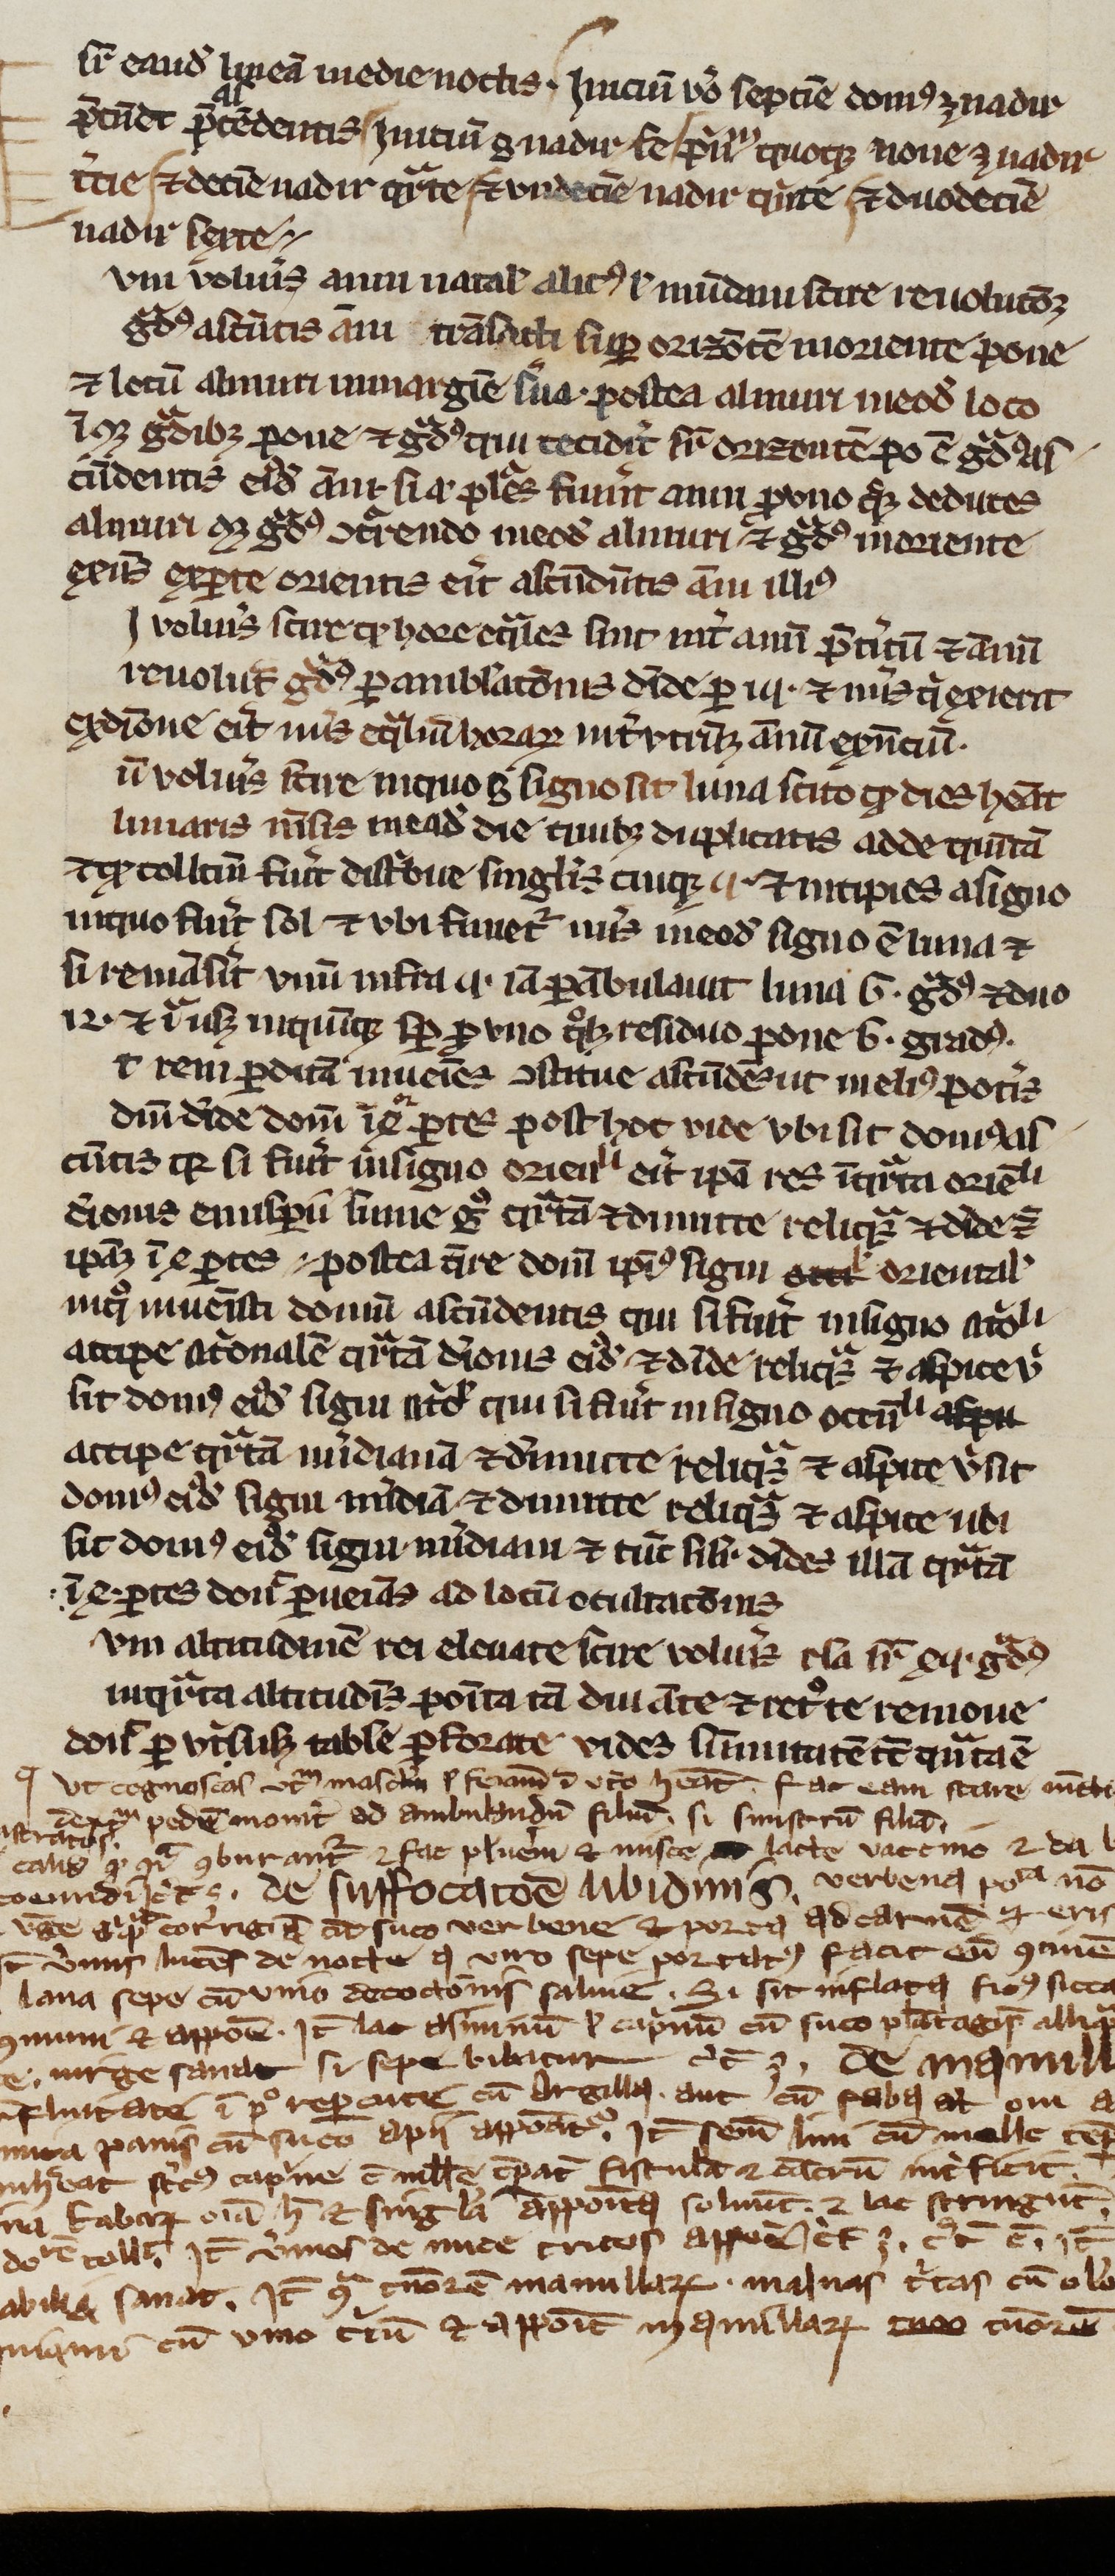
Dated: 1200–1399